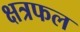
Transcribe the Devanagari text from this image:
क्षत्रफल